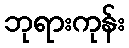
ဘုရားကုန်း